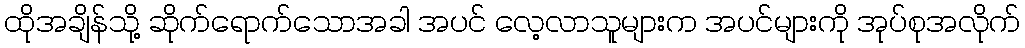
ထိုအချိန်သို့ ဆိုက်ရောက်သောအခါ အပင် လေ့လာသူများက အပင်များကို အုပ်စုအလိုက်